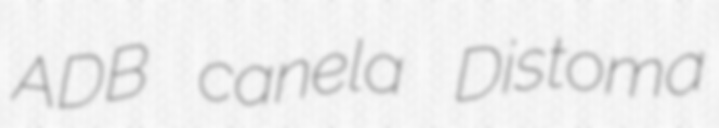
ADB canela Distoma